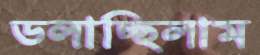
ডলাচ্ছিলাম